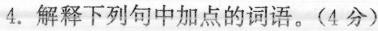
4. 解释下列句中加点的词语。(4分)